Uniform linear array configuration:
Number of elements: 12
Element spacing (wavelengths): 1
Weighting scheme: binomial
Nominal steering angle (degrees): -30
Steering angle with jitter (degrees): -28.997
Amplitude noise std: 0.05
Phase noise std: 0.05

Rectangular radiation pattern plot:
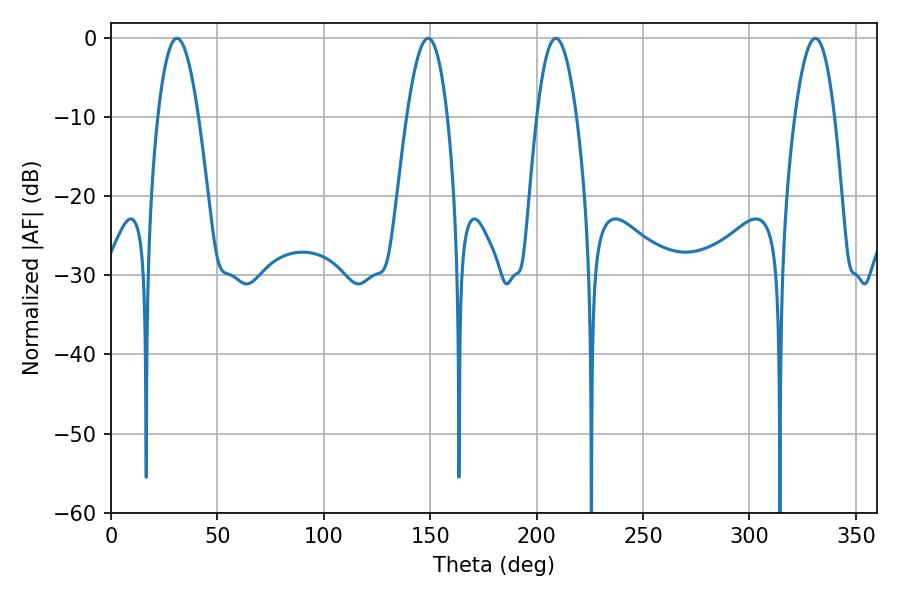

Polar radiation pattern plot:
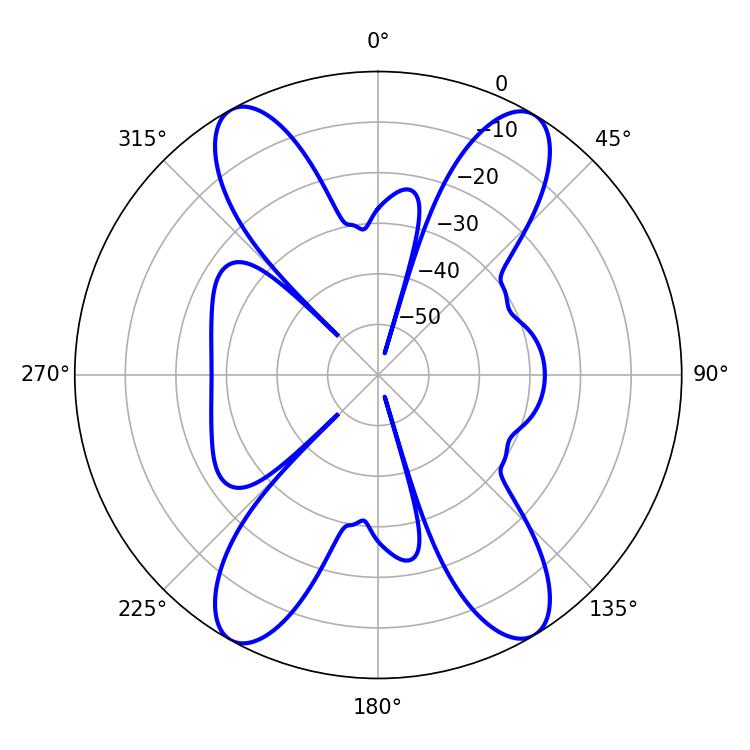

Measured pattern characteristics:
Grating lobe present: TRUE
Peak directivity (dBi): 21.474
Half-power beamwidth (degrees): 10.44
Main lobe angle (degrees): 30.96